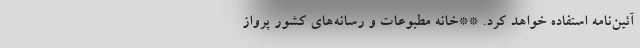
آئین‌نامه استفاده خواهد کرد. **خانه مطبوعات و رسانه‌های کشور پرواز